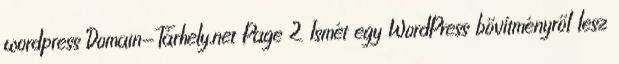
wordpress Domain-Tárhely.net Page 2 Ismét egy WordPress bővítményről lesz